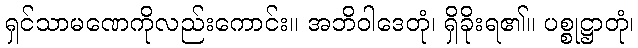
ရှင်သာမဏေကိုလည်းကောင်း။ အဘိဝါဒေတုံ၊ ရှိခိုးရ၏။ ပစ္စုဋ္ဌာတုံ၊